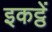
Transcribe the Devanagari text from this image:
इकट्ठें